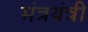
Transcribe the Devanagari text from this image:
मंत्रयंत्री